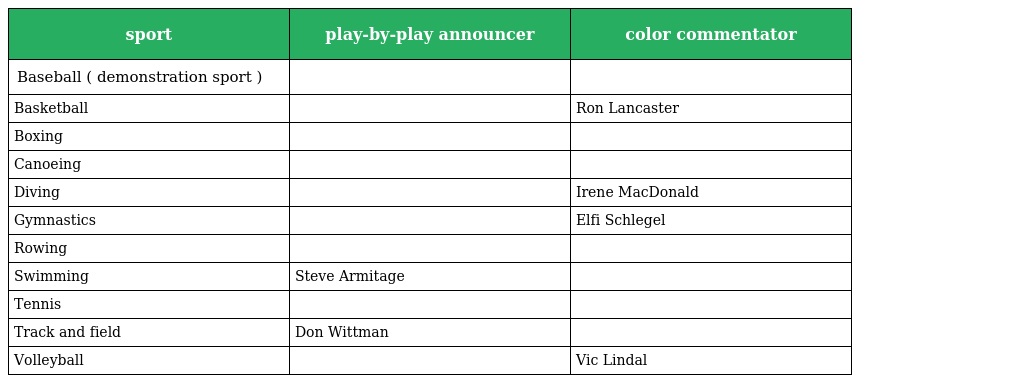
| sport | play-by-play announcer | color commentator |
 | --- | --- | --- |
 | Baseball ( demonstration sport ) |  |  |
 | Basketball |  | Ron Lancaster |
 | Boxing |  |  |
 | Canoeing |  |  |
 | Diving |  | Irene MacDonald |
 | Gymnastics |  | Elfi Schlegel |
 | Rowing |  |  |
 | Swimming | Steve Armitage |  |
 | Tennis |  |  |
 | Track and field | Don Wittman |  |
 | Volleyball |  | Vic Lindal |